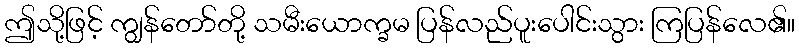
ဤသို့ဖြင့် ကျွန်တော်တို့ သမီးယောက္ခမ ပြန်လည်ပူးပေါင်းသွား ကြပြန်လေ၏။